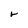
Character: r